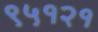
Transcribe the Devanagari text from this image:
९५१२१